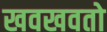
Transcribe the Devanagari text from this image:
खवखवतो